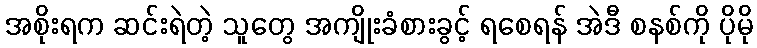
အစိုးရက ဆင်းရဲတဲ့ သူတွေ အကျိုးခံစားခွင့် ရစေရန် အဲဒီ စနစ်ကို ပိုမို